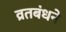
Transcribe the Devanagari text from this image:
व्रतबंधने